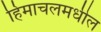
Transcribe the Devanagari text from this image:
हिमाचलमधील